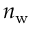
n _ { \mathrm { w } }